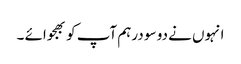
انہوں نے دو سو درہم آپ کو بھجوائے ۔